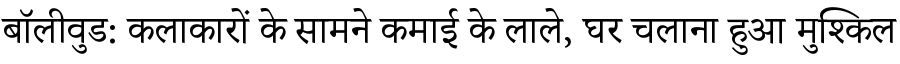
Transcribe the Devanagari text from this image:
बॉलीवुड: कलाकारों के सामने कमाई के लाले, घर चलाना हुआ मुश्किल